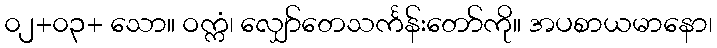
၀၂+၀၃+ သော။ ဝက္ကံ၊ လျှော်တေသင်္ကန်းတော်ကို။ အပစာယမာနော၊